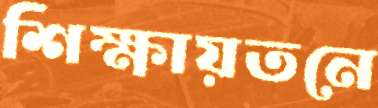
শিক্ষায়তনে